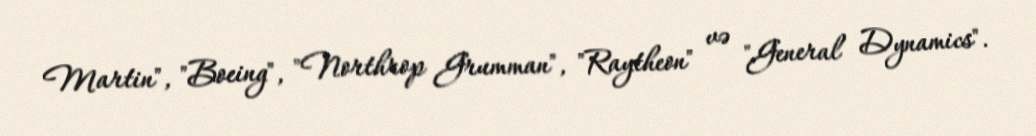
Martin", "Boeing", "Northrop Grumman", "Raytheon" və "General Dynamics".